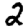
Digit: 2